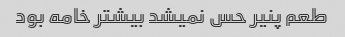
طعم پنیر حس نمیشد بیشتر خامه بود